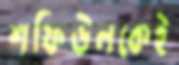
শফিউলকেই